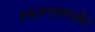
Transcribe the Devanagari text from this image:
उचलण्यापर्यंत